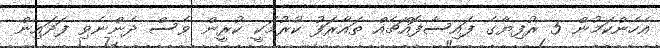
އެހެންކަމުން 5 ރުފިޔާގެ ފައިސާފޮއްޗެއް ތައާރަފު ކުރުމަކީ ކުރީން ވެސް ދެންނެވި ފަދައިން